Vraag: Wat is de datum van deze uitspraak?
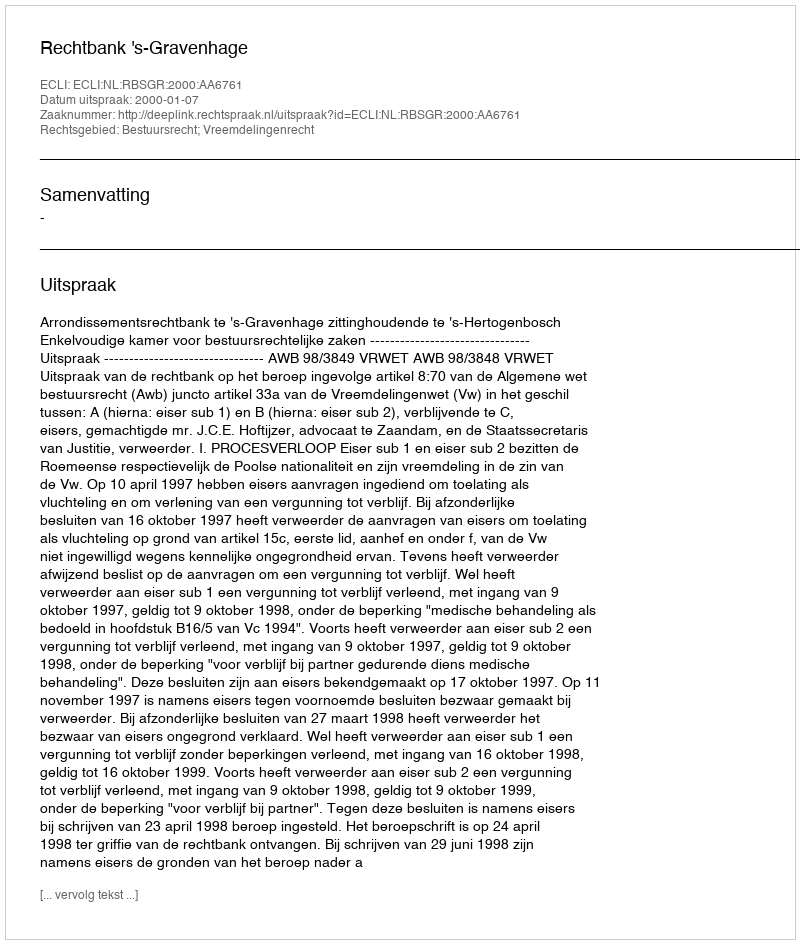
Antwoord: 2000-01-07